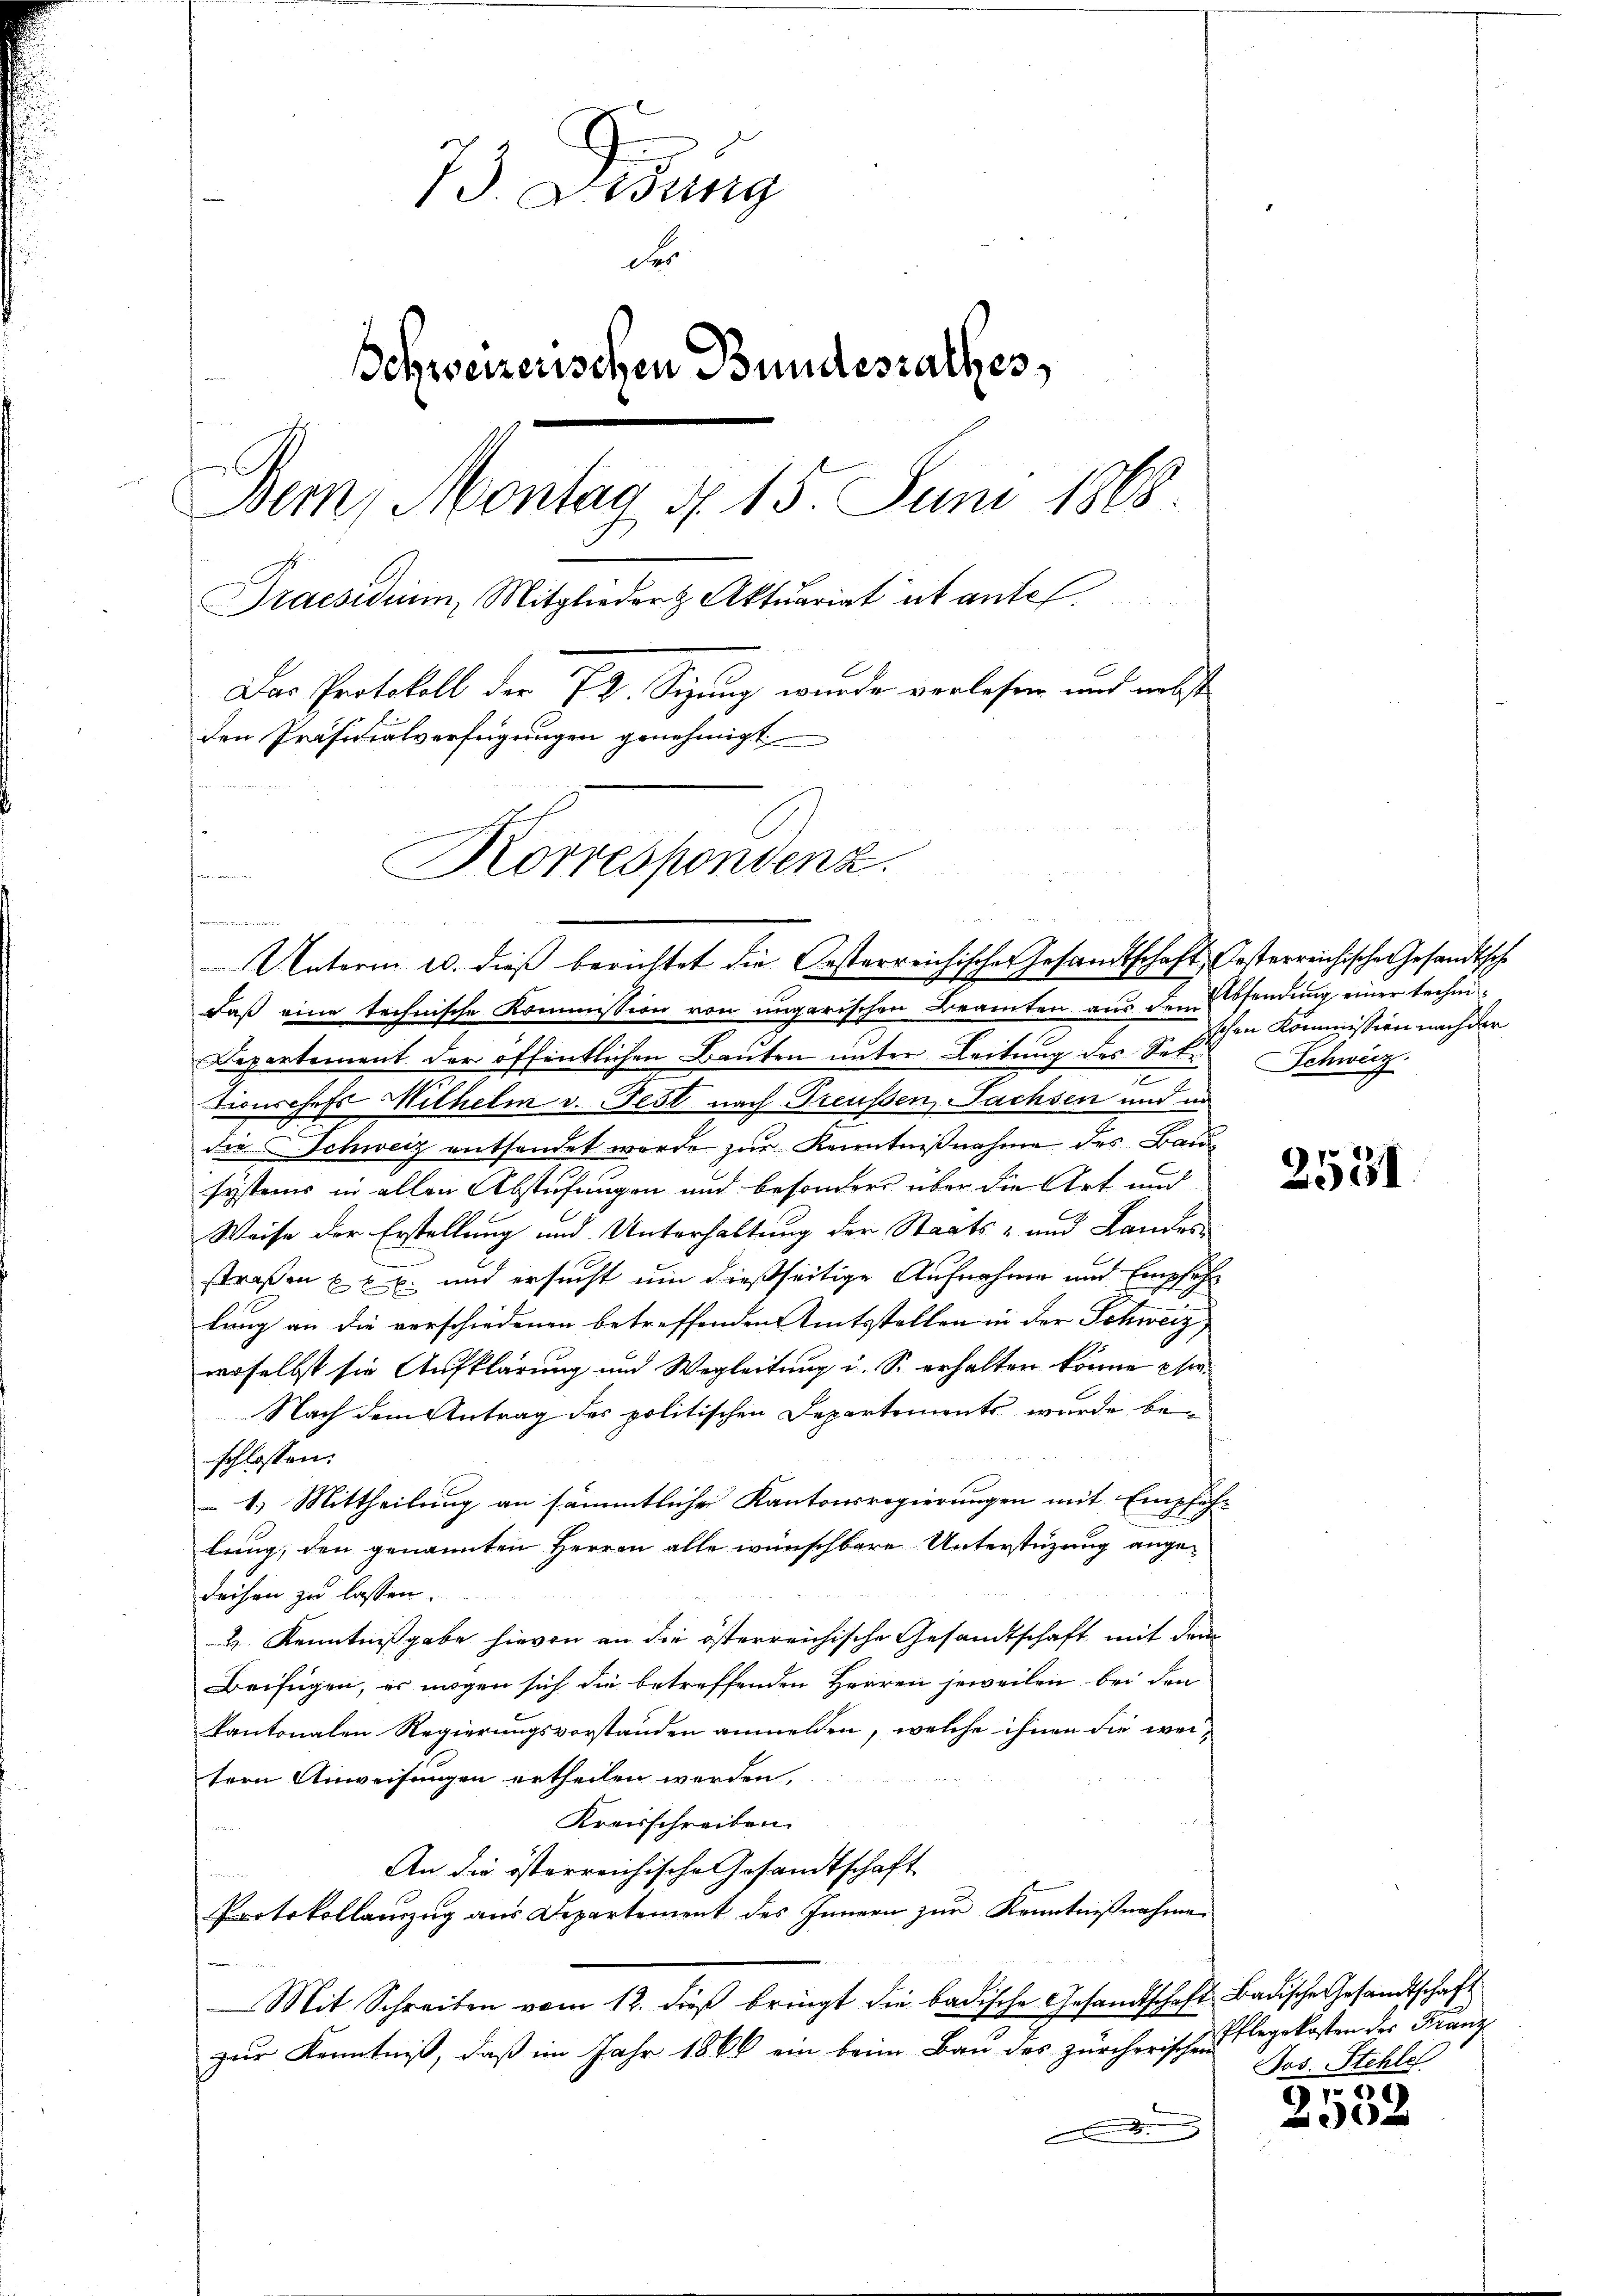
13. Ordung
Des
Behweizerischen Bundesrathes,
Bern, Montag N. 15. Juni 1868
Praesidium, Mitglieder Aktuariat et antel
Das Protokoll der 72. Sizung wurde verlesen und nebst
den Präsidialverfügungen genehmigt
Korrespondenz.
s
ä
kommenen

Unterm 20. dieß berichtet die Oesterreichischer Gesandtschaft Oesterreichische Gesandtsche

daß eine technische Kommission von ungarischen Beamten aus dem Absendung einer techni¬
Departement der öffentlichen Bauten unter Leitung des Set
u
tionschefs Wilhelm v. Fest nach Treußen, Sachsen und in
die Schweiz entsendet werde zŭr Kenntnißnahme des Bau
systems in allen Abstufungen und besonders über die Art und
Weise der Erstellung und Unterhaltung der Staats- und Landesstraßen xxx. und ersucht um dießseitige Aufnahme und Empfeh
lung an die verschiedenen betreffenden Amtsstellen in der Schweiz
woselbst sie Aufklärung und Wegleitung u. So erhalten könne so¬
Nach dem Antrag des politischen Departements wurde be-
schlossen:
1.) Mittheilung an sämmtliche Kantonsregierungen mit Empfehlung, den genannten Herren alle wünschbare Unterstüzung ange¬
Reisen zu lassen.
H. Kenntnißgabe hievon an die österreichische Gesandtschaft mit dem
Beifügen, er mögen sich die betreffenden Herren jeweilen bei den
kantonalen Regierungsvorstanden anmelden, welche ihnen die weitern Anweisungen ertheilen werden,
Kreisschreiben.

An die österreichische Gesandtschaft

Protokollanzug aus Departement des Innern zur Kenntnißnahme
Mit Schreiben vom 12. dieß bringt die badische Gesandtschaft Badische Gesandtschaft
zur Kenntniß, daß im Jahr 1866 ein beim Bau des zürcherischen

schen Kommission nach der
Schweiz.
e

2531.

Pflegekosten des Franz
Jos. Stehle

2552